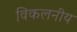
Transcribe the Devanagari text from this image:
विकलनीय